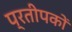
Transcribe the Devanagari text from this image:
प्रतीपकों